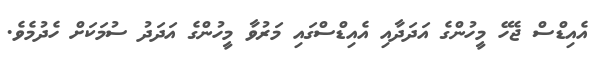
އެއިޑްސް ޖެހޭ މީހުންގެ އަދަދާއި އެއިޑްސްގައި މަރުވާ މީހުންގެ އަދަދު ސުމަކަށް ހެދުމެވެ.